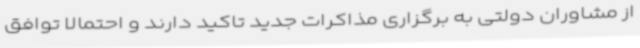
از مشاوران دولتی به برگزاری مذاکرات جدید تاکید دارند و احتمالا توافق